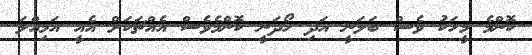
ކޮންމެ މީހަކު ވެސް ބަލަނީ އަދި ހޯދަނީ ކޮންމެވެސް އެއްޗަކަށް އެއީ އަމިއްލަ